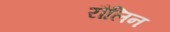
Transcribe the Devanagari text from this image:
रौलिन